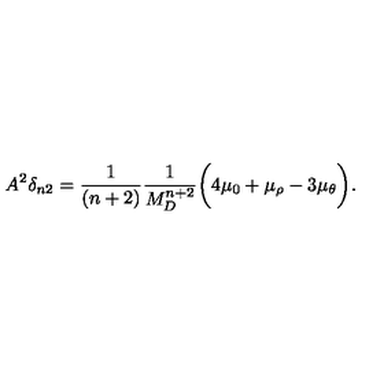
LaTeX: A ^ { 2 } \delta _ { n 2 } = \frac { 1 } { ( n + 2 ) } \frac { 1 } { M _ { D } ^ { n + 2 } } \bigg ( 4 \mu _ { 0 } + \mu _ { \rho } - 3 \mu _ { \theta } \bigg ) .